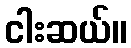
ငါးဆယ်။